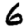
Digit: 6